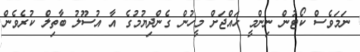
ނަމަވެސް ކޯޓުން ނިންމީ ހައްޖަށް މީހުން ގެންދިޔުމުގެ އާ އުސޫލު ބާތިލް ކުރެވެން